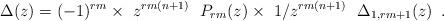
LaTeX: \begin{align*} \Delta(z)=(-1)^{rm}\times \ z^{rm(n+1)} \ \ P_{rm}(z)\times \ 1/z^{rm(n+1)} \ \ \Delta_{1,rm+1}(z)\enspace.\end{align*}